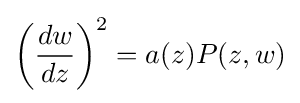
\left({\frac {dw}{dz}}\right)^{2}=a(z)P(z,w)